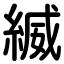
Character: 縅